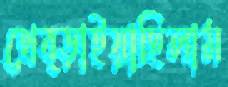
থেব্‌ড়াইয়াছিলাম